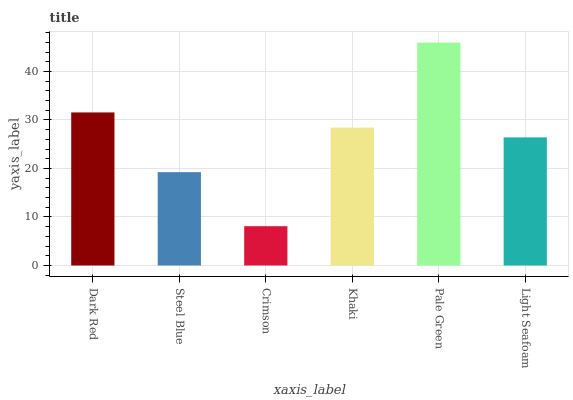
| xaxis_label | bars |
 | --- | --- |
 | Dark Red | 31.5 |
 | Steel Blue | 19.2 |
 | Crimson | 8.1 |
 | Khaki | 28.4 |
 | Pale Green | 45.9 |
 | Light Seafoam | 26.4 |